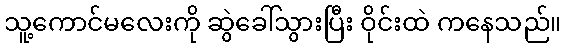
သူ့ကောင်မလေးကို ဆွဲခေါ်သွားပြီး ဝိုင်းထဲ ကနေသည်။